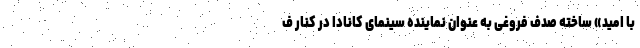
با امید» ساخته صدف فروغی به عنوان نماینده سینمای کانادا در کنار ف